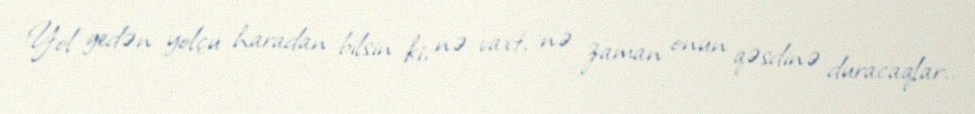
Yol gedən yolçu haradan bilsin ki, nə vaxt, nə zaman onun qəsdinə duracaqlar..